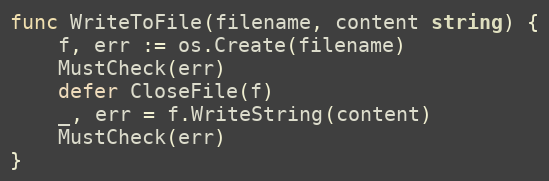
Language: Go
func WriteToFile(filename, content string) {
	f, err := os.Create(filename)
	MustCheck(err)
	defer CloseFile(f)
	_, err = f.WriteString(content)
	MustCheck(err)
}